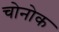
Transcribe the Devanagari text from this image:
चोनोक